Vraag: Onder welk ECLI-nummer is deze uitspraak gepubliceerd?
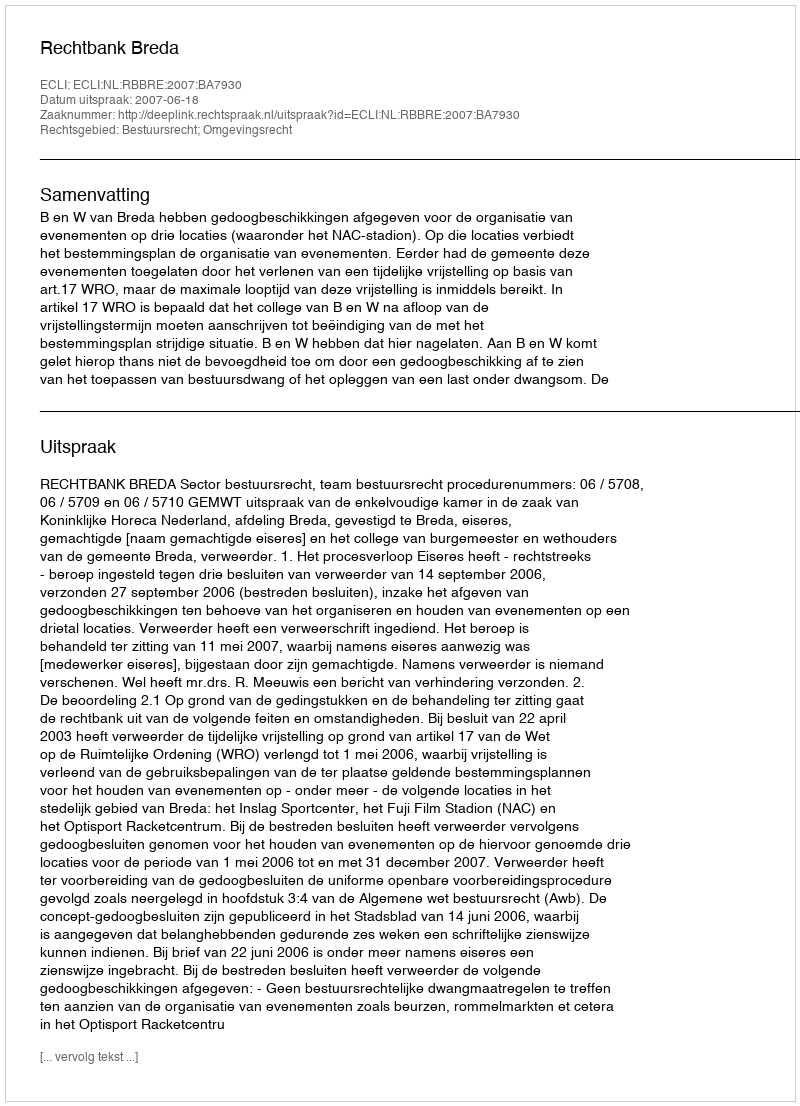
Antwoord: ECLI:NL:RBBRE:2007:BA7930